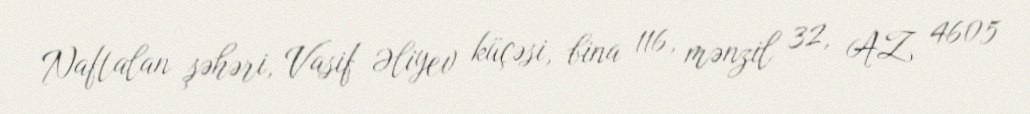
Naftalan şəhəri, Vasif Əliyev küçəsi, bina 116, mənzil 32, AZ 4605